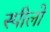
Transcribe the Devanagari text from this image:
स्पीलो